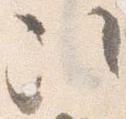
次